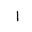
Letter: _alif